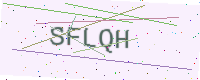
Text: SFLQH